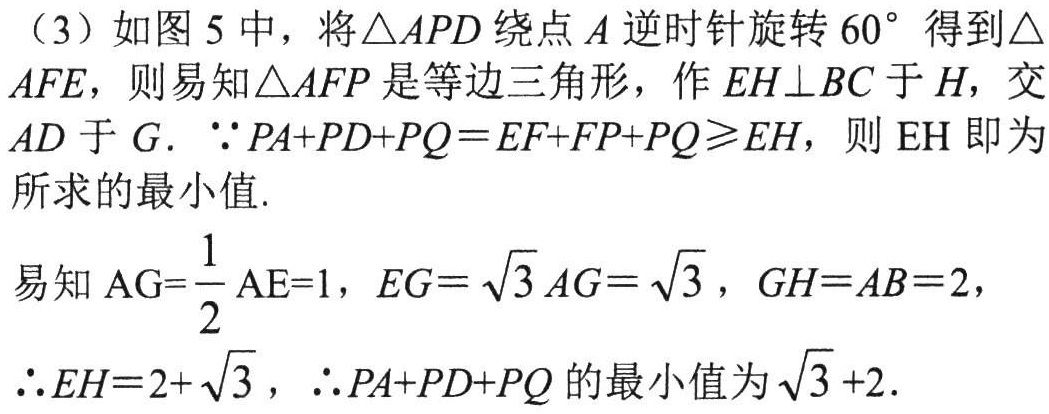
(3) 如图 5 中，将\(\triangle APD\) 绕点 \(A\) 逆时针旋转 \(60^{\circ}\) 得到\(\triangle AFE\)，则易知\(\triangle AFP\) 是等边三角形，作 \(EH\perp BC\) 于 \(H\)，交 \(AD\) 于 \(G\). \(\because PA + PD+PQ=EF + FP+PQ\geqslant EH\)，则 \(EH\) 即为所求的最小值.
易知 \(AG = \dfrac{1}{2}AE = 1\)，\(EG=\sqrt{3}AG=\sqrt{3}\)，\(GH = AB = 2\)，
\(\therefore EH=2+\sqrt{3}\)，\(\therefore PA + PD+PQ\) 的最小值为 \(\sqrt{3}+2\).